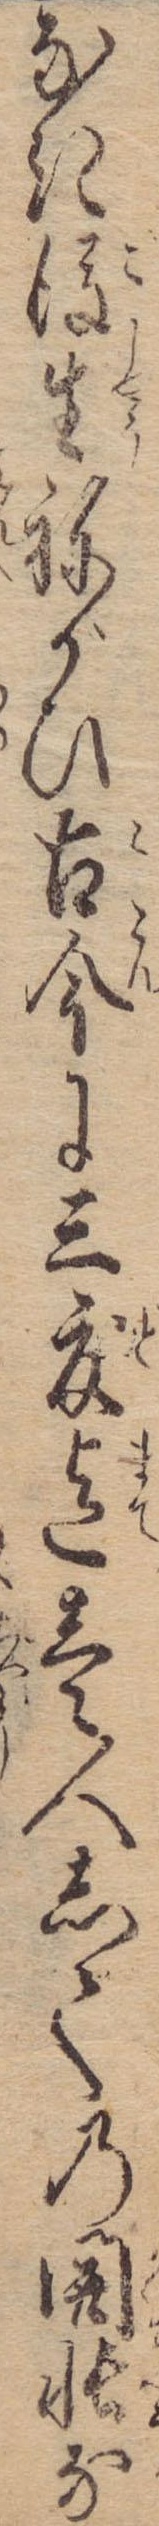
なき後生ねがひ古今に三度迄壱人しての開帳な